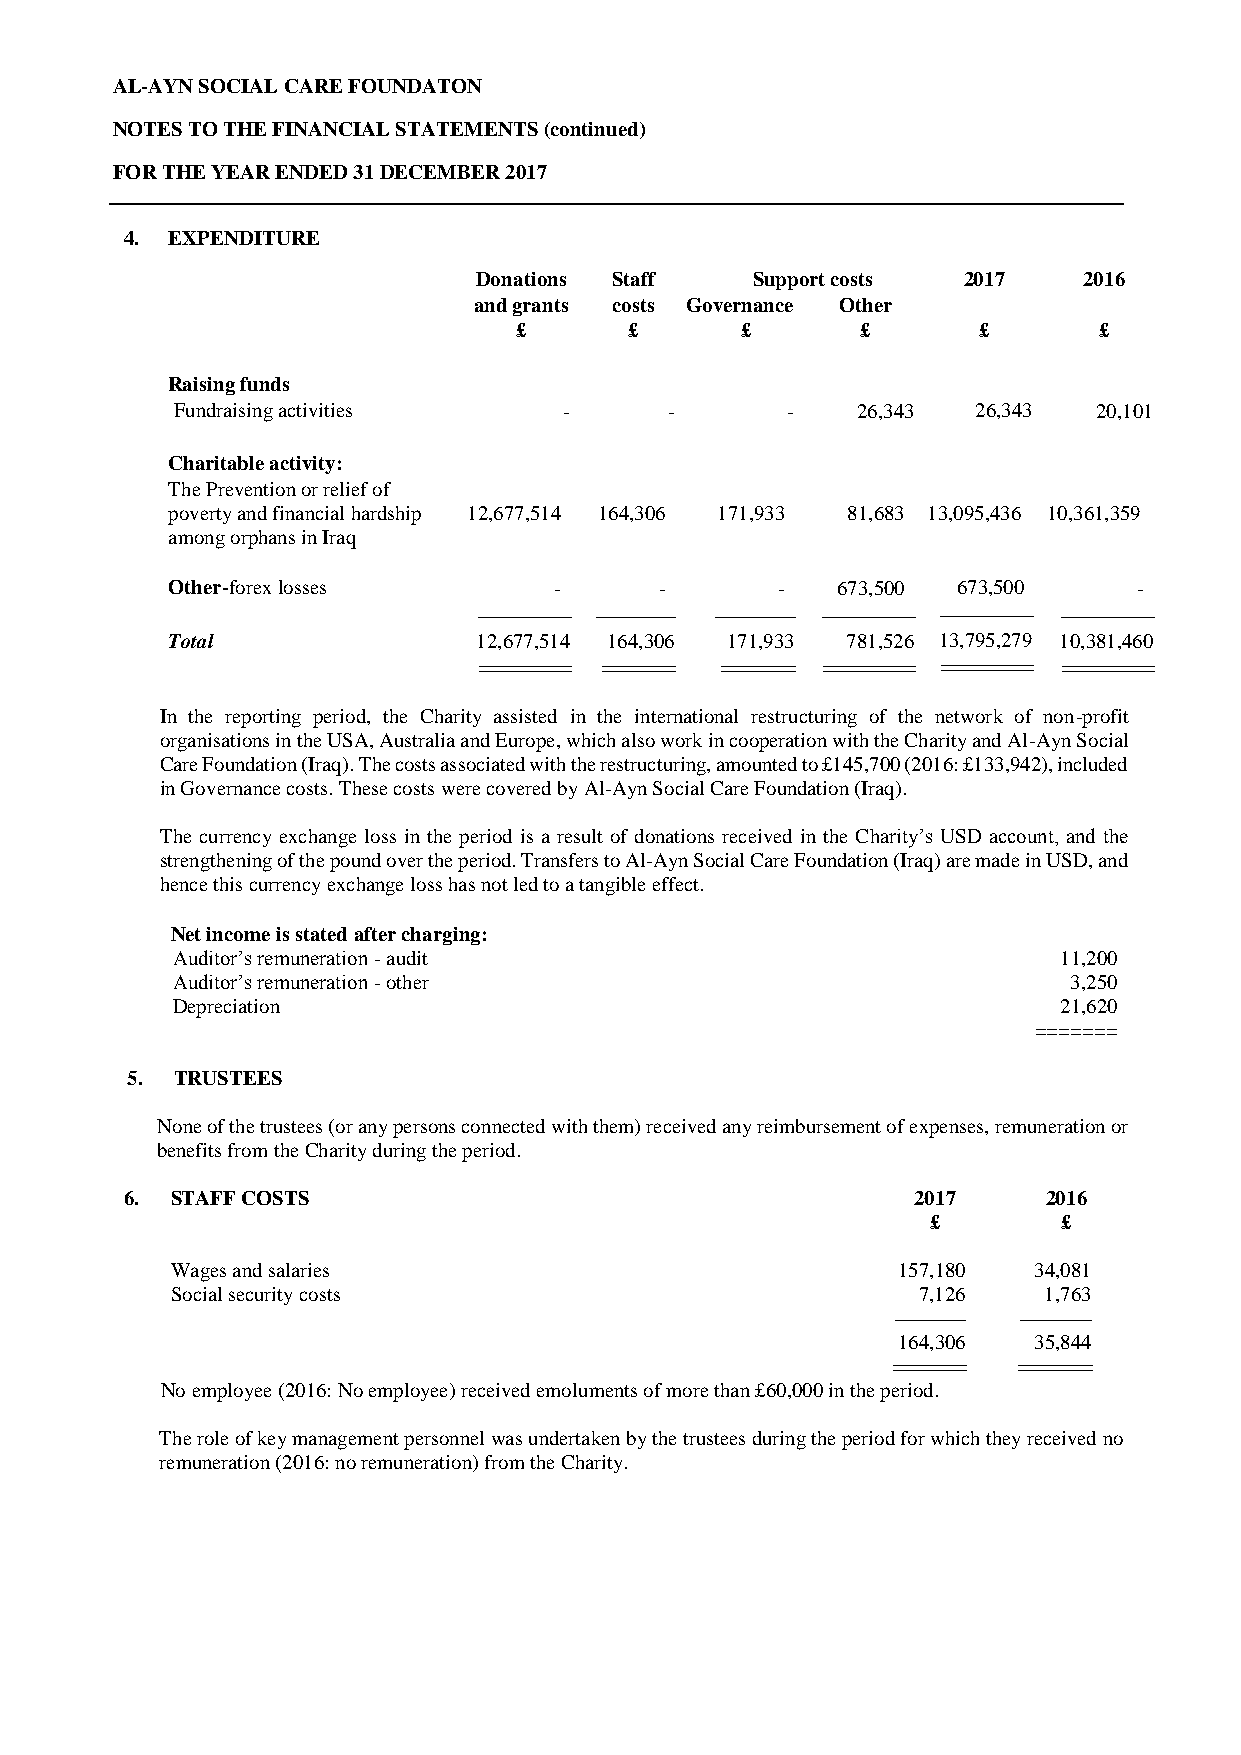
AL-AYN SOCIAL CARE FOUNDATON
 NOTES TO THE FINANCIAL STATEMENTS (continued)
 FOR THE YEAR ENDED 31 DECEMBER 2017
 4. EXPENDITURE
 Donations Staff   Support costs 2017    2016
 and grants costs Governance Other
 £       £      £       £       £       £
 Raising funds
 Fundraising activities    -      -       -    26,343  26,343  20,101
 Charitable activity:
 The Prevention or relief of
 poverty and financial hardship 12,677,514 164,306 171,933 81,683 13,095,436 10,361,359
 among orphans in Iraq
 Other-forex losses        -      -      -   673,500 673,500     -
 --------------------- ------------------ ------------------ --------------------- --------------------- ---------------------
 Total                12,677,514 164,306 171,933 781,526 13,795,279 10,381,460
 ========== ======== ======== ========== ========== ==========
 In the reporting period, the Charity assisted in the international restructuring of the network of non-profit
 organisations in the USA, Australia and Europe, which also work in cooperation with the Charity and Al-Ayn Social
 Care Foundation (Iraq). The costs associated with the restructuring, amounted to £145,700 (2016: £133,942), included
 in Governance costs. These costs were covered by Al-Ayn Social Care Foundation (Iraq).
 The currency exchange loss in the period is a result of donations received in the Charity’s USD account, and the
 strengthening of the pound over the period. Transfers to Al-Ayn Social Care Foundation (Iraq) are made in USD, and
 hence this currency exchange loss has not led to a tangible effect.
 Net income is stated after charging:
 Auditor’s remuneration - audit                             11,200
 Auditor’s remuneration - other                              3,250
 Depreciation                                               21,620
 =======
 5.  TRUSTEES
 None of the trustees (or any persons connected with them) received any reimbursement of expenses, remuneration or
 benefits from the Charity during the period.
 6. STAFF COSTS                                      2017     2016
 £       £
 Wages and salaries                              157,180  34,081
 Social security costs                             7,126   1,763
 ---------------- ----------------
 164,306  35,844
 ======== ========
 No employee (2016: No employee) received emoluments of more than £60,000 in the period.
 The role of key management personnel was undertaken by the trustees during the period for which they received no
 remuneration (2016: no remuneration) from the Charity.